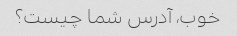
خوب، آدرس شما چیست؟